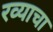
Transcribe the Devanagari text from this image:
रव्याचा